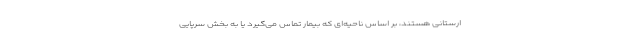
ارستانی هستند، بر اساس ناحیه‌ای که بیمار تماس می‌گیرد یا به بخش سرپایی